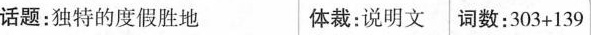
话题:独特的度假胜地 体裁:说明文 词数:303+139